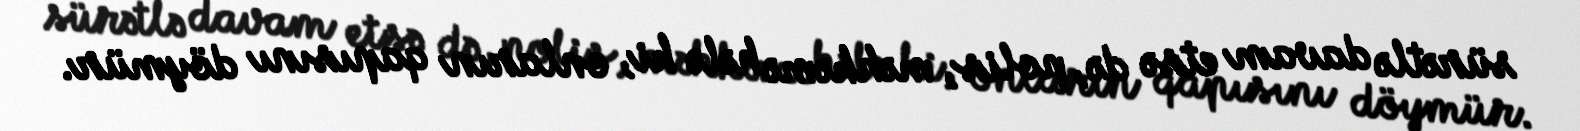
sürətlə davam etsə də, polis, məhkəmə hələ ki, onların qapısını döymür.